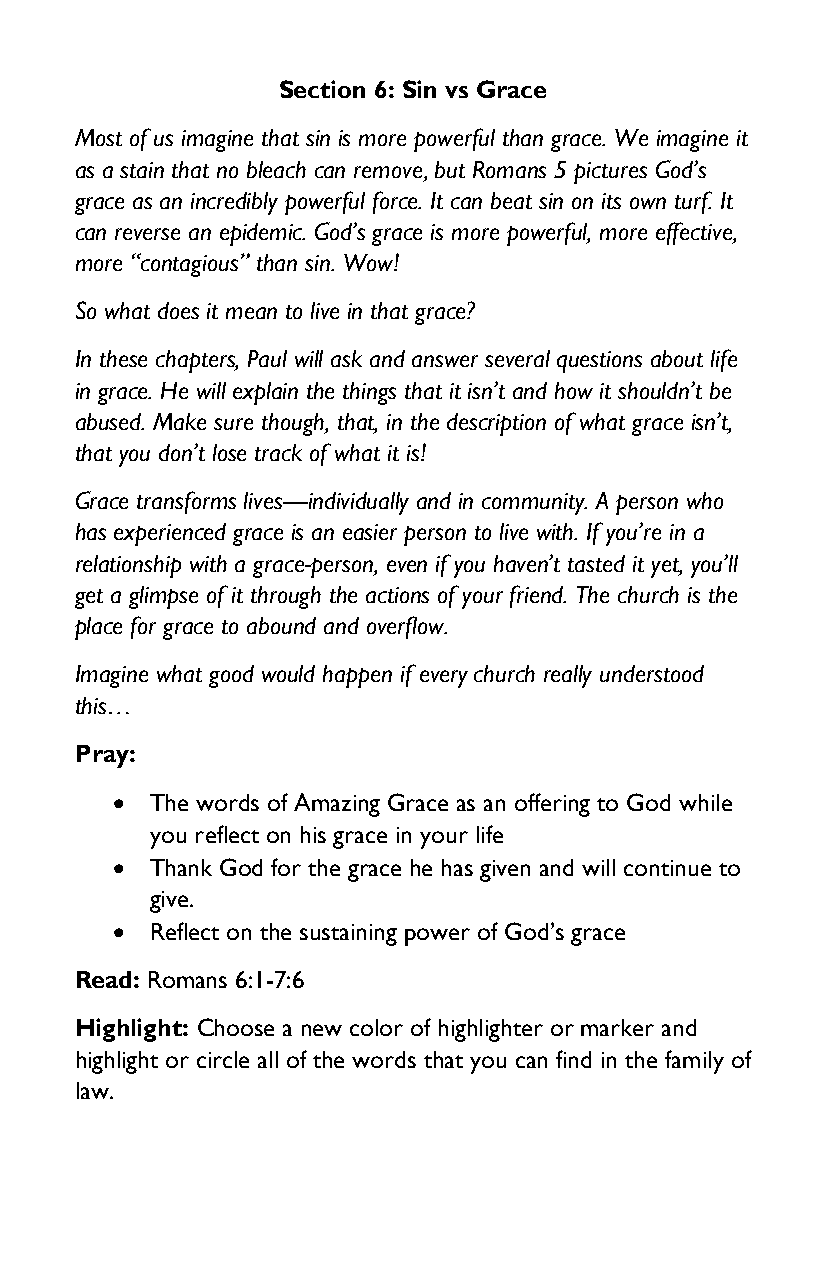
Section 6: Sin vs Grace
 Most of us imagine that sin is more powerful than grace. We imagine it
 as a stain that no bleach can remove, but Romans 5 pictures God’s
 grace as an incredibly powerful force. It can beat sin on its own turf. It
 can reverse an epidemic. God’s grace is more powerful, more effective,
 more “contagious” than sin. Wow!
 So what does it mean to live in that grace?
 In these chapters, Paul will ask and answer several questions about life
 in grace. He will explain the things that it isn’t and how it shouldn’t be
 abused. Make sure though, that, in the description of what grace isn’t,
 that you don’t lose track of what it is!
 Grace transforms lives—individually and in community. A person who
 has experienced grace is an easier person to live with. If you’re in a
 relationship with a grace-person, even if you haven’t tasted it yet, you’ll
 get a glimpse of it through the actions of your friend. The church is the
 place for grace to abound and overflow.
 Imagine what good would happen if every church really understood
 this…
 Pray:
 •  The words of Amazing Grace as an offering to God while
 you reflect on his grace in your life
 •  Thank God for the grace he has given and will continue to
 give.
 •  Reflect on the sustaining power of God’s grace
 Read: Romans 6:1-7:6
 Highlight: Choose a new color of highlighter or marker and
 highlight or circle all of the words that you can find in the family of
 law.